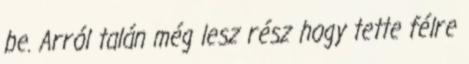
be. Arról talán még lesz rész hogy tette félre